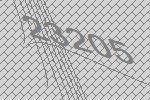
23205